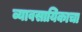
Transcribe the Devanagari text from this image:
व्यावसायिकाचा